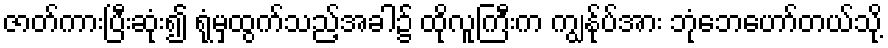
ဇာတ်ကားပြီးဆုံး၍ ရုံမှထွက်သည့်အခါ၌ ထိုလူကြီးက ကျွန်ုပ်အား ဘုံဘေဟော်တယ်သို့